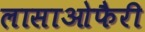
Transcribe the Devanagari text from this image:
लासाओफैरी